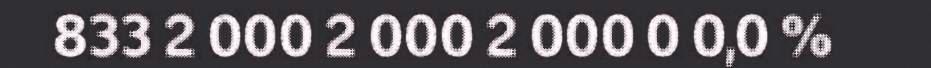
833 2 000 2 000 2 000 0 0,0 %